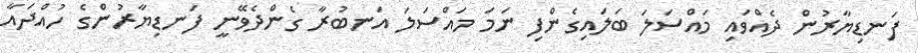
ފަނޑިޔާރުން ދެއްވައި މައްސަލަ ބަލައިގެންފި ނަމަ މައްސަލަ އަނބުރާ ގެންދެވޭނީ ފަނޑިޔާރުންގެ ހުއްދައާ